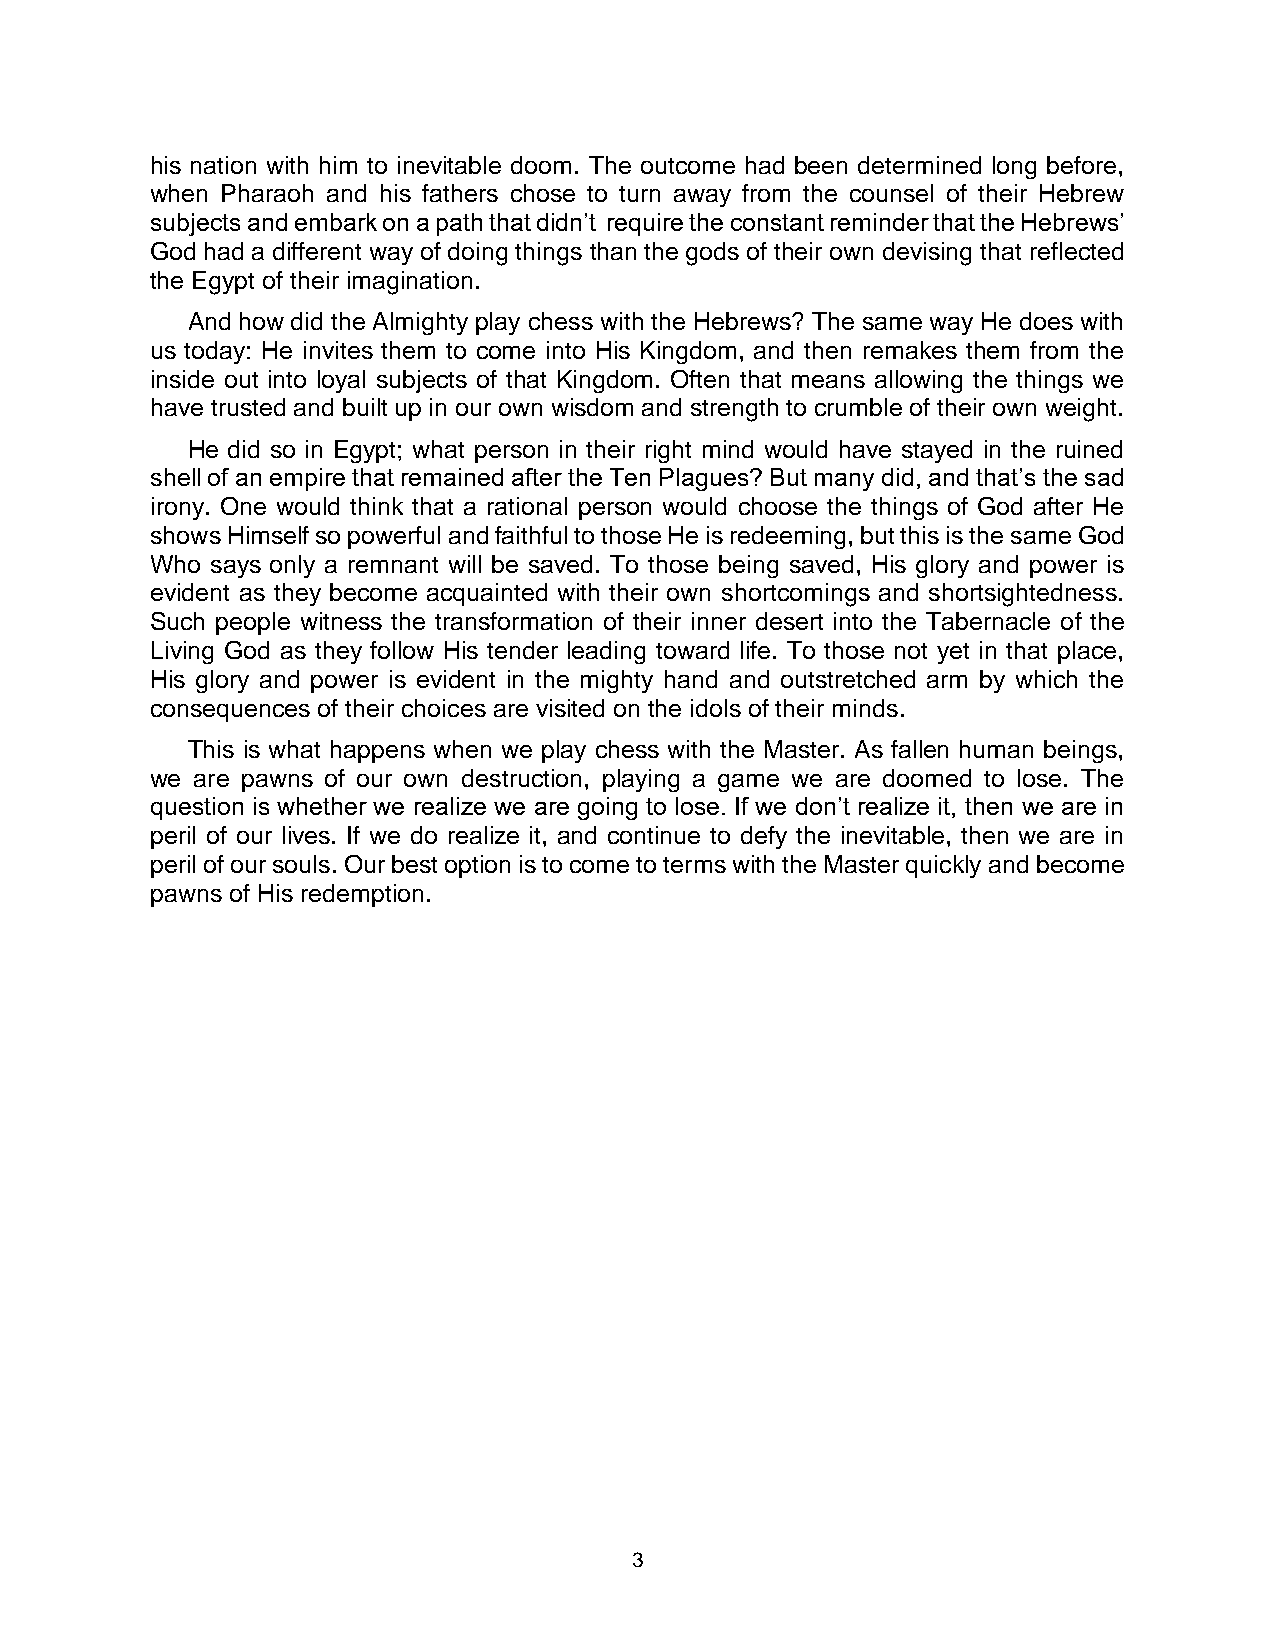
his nation with him to inevitable doom. The outcome had been determined long before,
 when Pharaoh and his fathers chose to turn away from the counsel of their Hebrew
 subjects and embark on a path that didn’t require the constant reminder that the Hebrews’
 God had a different way of doing things than the gods of their own devising that reflected
 the Egypt of their imagination.
 And how did the Almighty play chess with the Hebrews? The same way He does with
 us today: He invites them to come into His Kingdom, and then remakes them from the
 inside out into loyal subjects of that Kingdom. Often that means allowing the things we
 have trusted and built up in our own wisdom and strength to crumble of their own weight.
 He did so in Egypt; what person in their right mind would have stayed in the ruined
 shell of an empire that remained after the Ten Plagues? But many did, and that’s the sad
 irony. One would think that a rational person would choose the things of God after He
 shows Himself so powerful and faithful to those He is redeeming, but this is the same God
 Who says only a remnant will be saved. To those being saved, His glory and power is
 evident as they become acquainted with their own shortcomings and shortsightedness.
 Such people witness the transformation of their inner desert into the Tabernacle of the
 Living God as they follow His tender leading toward life. To those not yet in that place,
 His glory and power is evident in the mighty hand and outstretched arm by which the
 consequences of their choices are visited on the idols of their minds.
 This is what happens when we play chess with the Master. As fallen human beings,
 we are pawns of our own destruction, playing a game we are doomed to lose. The
 question is whether we realize we are going to lose. If we don’t realize it, then we are in
 peril of our lives. If we do realize it, and continue to defy the inevitable, then we are in
 peril of our souls. Our best option is to come to terms with the Master quickly and become
 pawns of His redemption.
 3